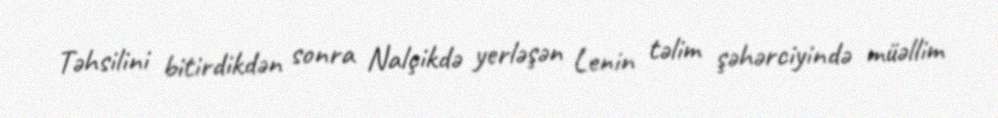
Təhsilini bitirdikdən sonra Nalçikdə yerləşən Lenin təlim şəhərciyində müəllim